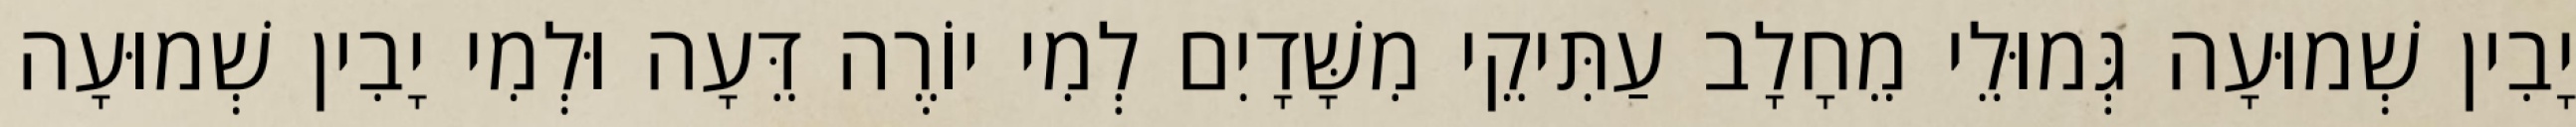
יָבִין שְׁמוּעָה גְּמוּלֵי מֵחָלָב עַתִּיקֵי מִשָּׁדָיִם לְמִי יוֹרֶה דֵּעָה וּלְמִי יָבִין שְׁמוּעָה